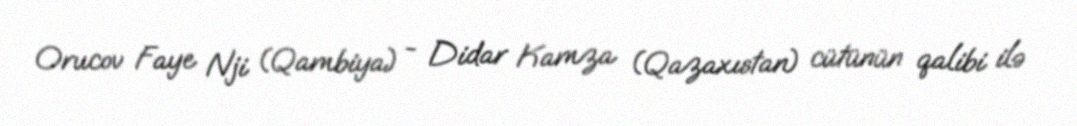
Orucov Faye Nji (Qambiya) - Didar Kamza (Qazaxıstan) cütünün qalibi ilə